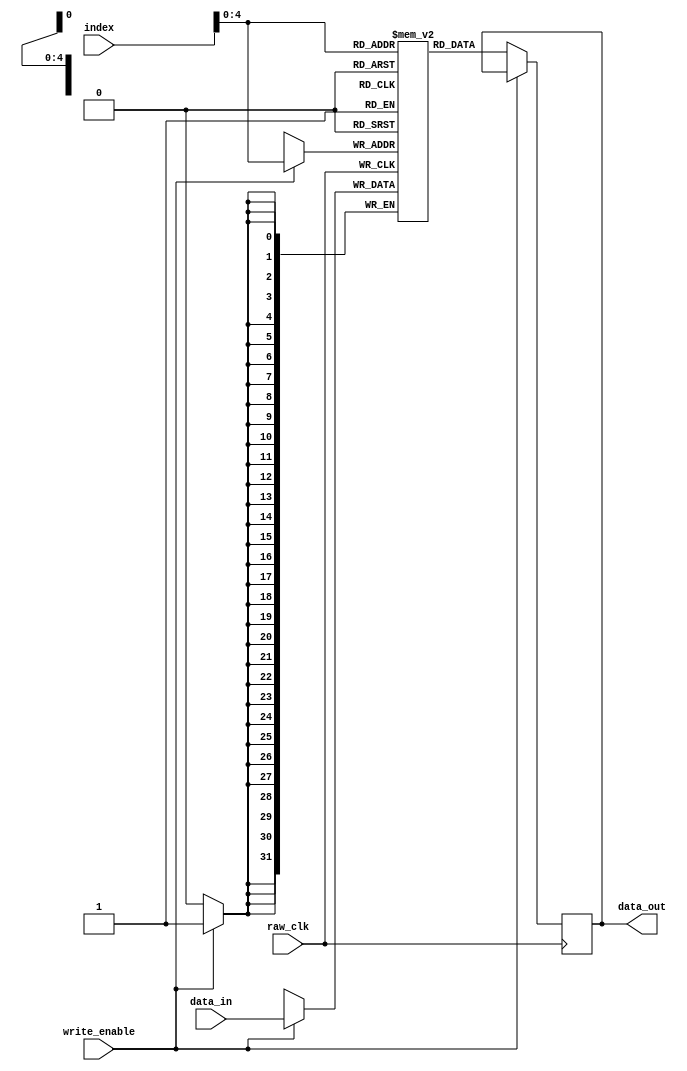
module register_file
(
  input raw_clk,
  input [31:0] index,
  input write_enable,
  input [31:0] data_in,
  output [31:0] data_out,
);

reg [31:0] storage [31:0];

always @(posedge raw_clk) begin
  if (write_enable)
    storage[index] <= data_in;
  else
    data_out <= storage[index];
end

endmodule